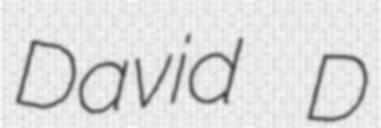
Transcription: David D